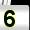
Digit: 5